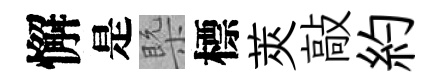
懈是槩標莢敲約